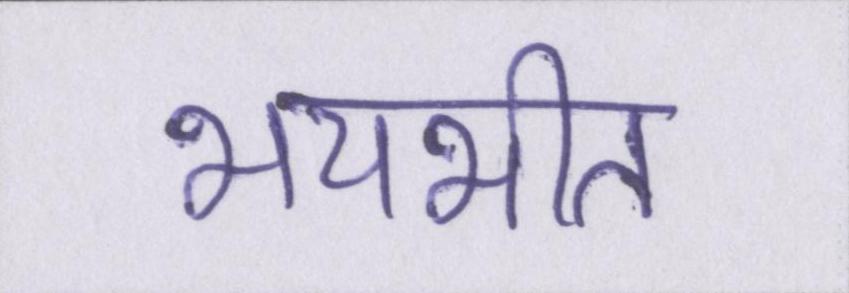
भयभीत